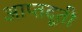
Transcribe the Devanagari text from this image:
आप्तदूती